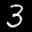
Label: 3